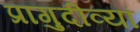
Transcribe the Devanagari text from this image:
प्रागुदीव्यां